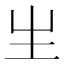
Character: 𤯓